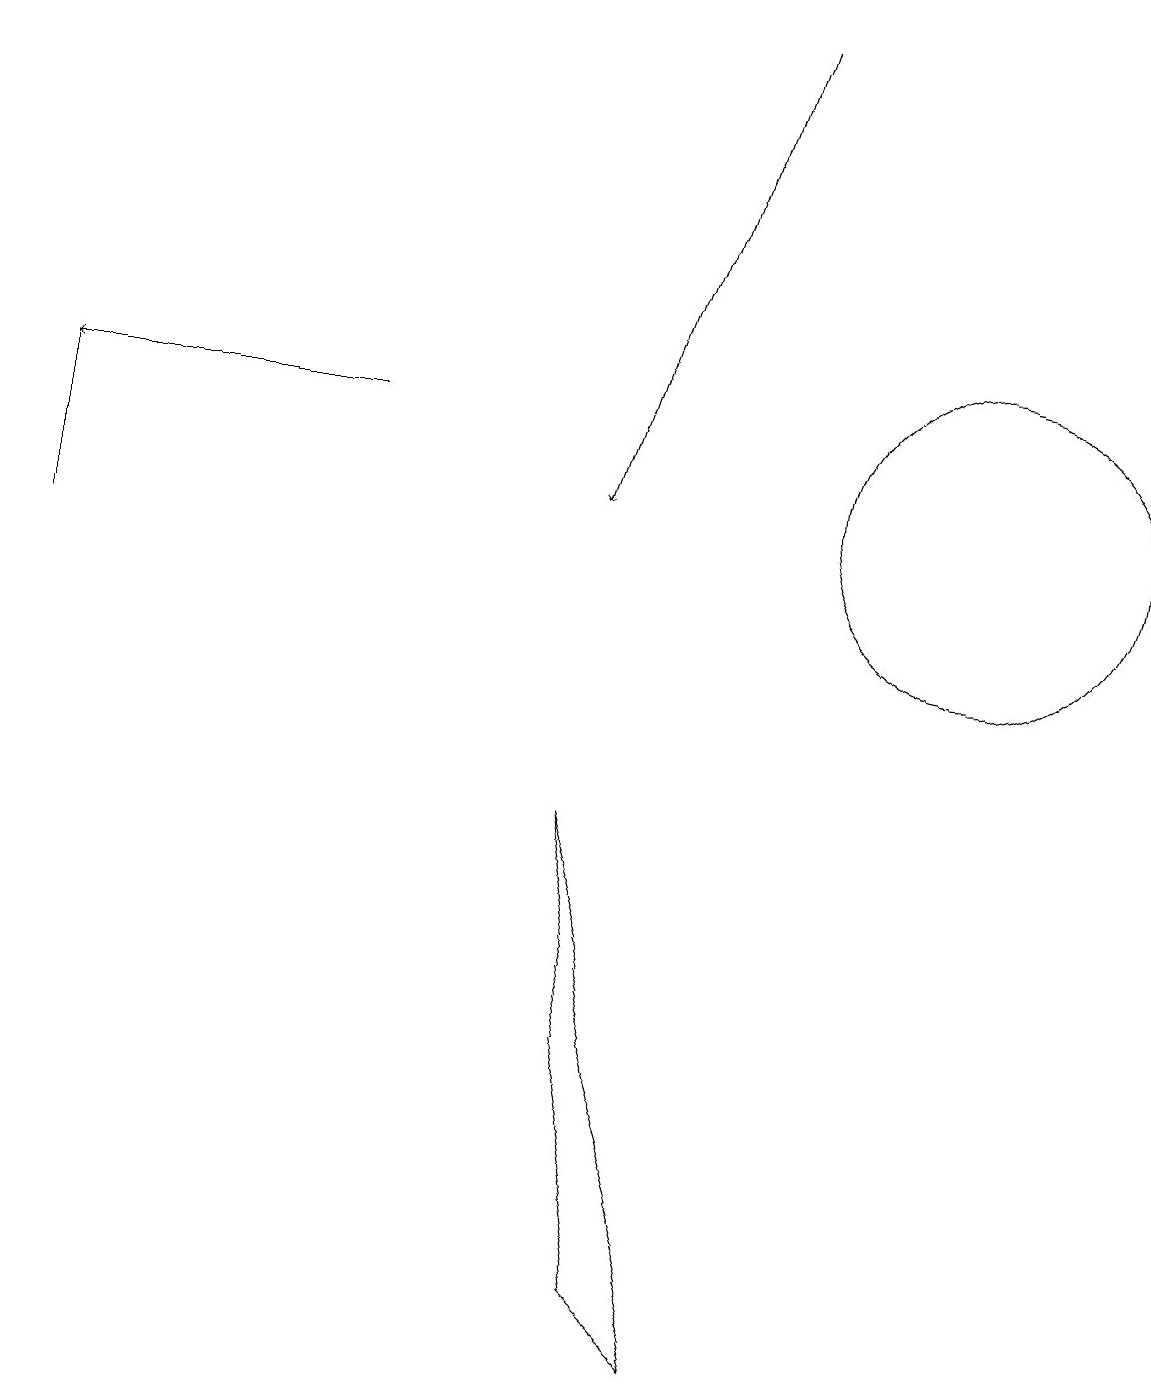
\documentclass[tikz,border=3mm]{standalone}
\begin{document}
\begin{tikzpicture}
\draw (12,12) circle (2);
\draw[->] (9,18) -- (7,12);
\draw (7,8) -- (9,1) -- (8,2) -- cycle;
\draw[->] (4,13) -- (0,13);
\draw (0,11) rectangle (0,13);
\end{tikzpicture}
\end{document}